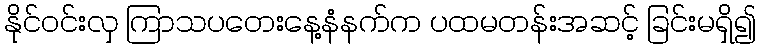
နိုင်ဝင်းလှ ကြာသပတေးနေ့နံနက်က ပထမတန်းအဆင့် ခြင်းမရှိ၍